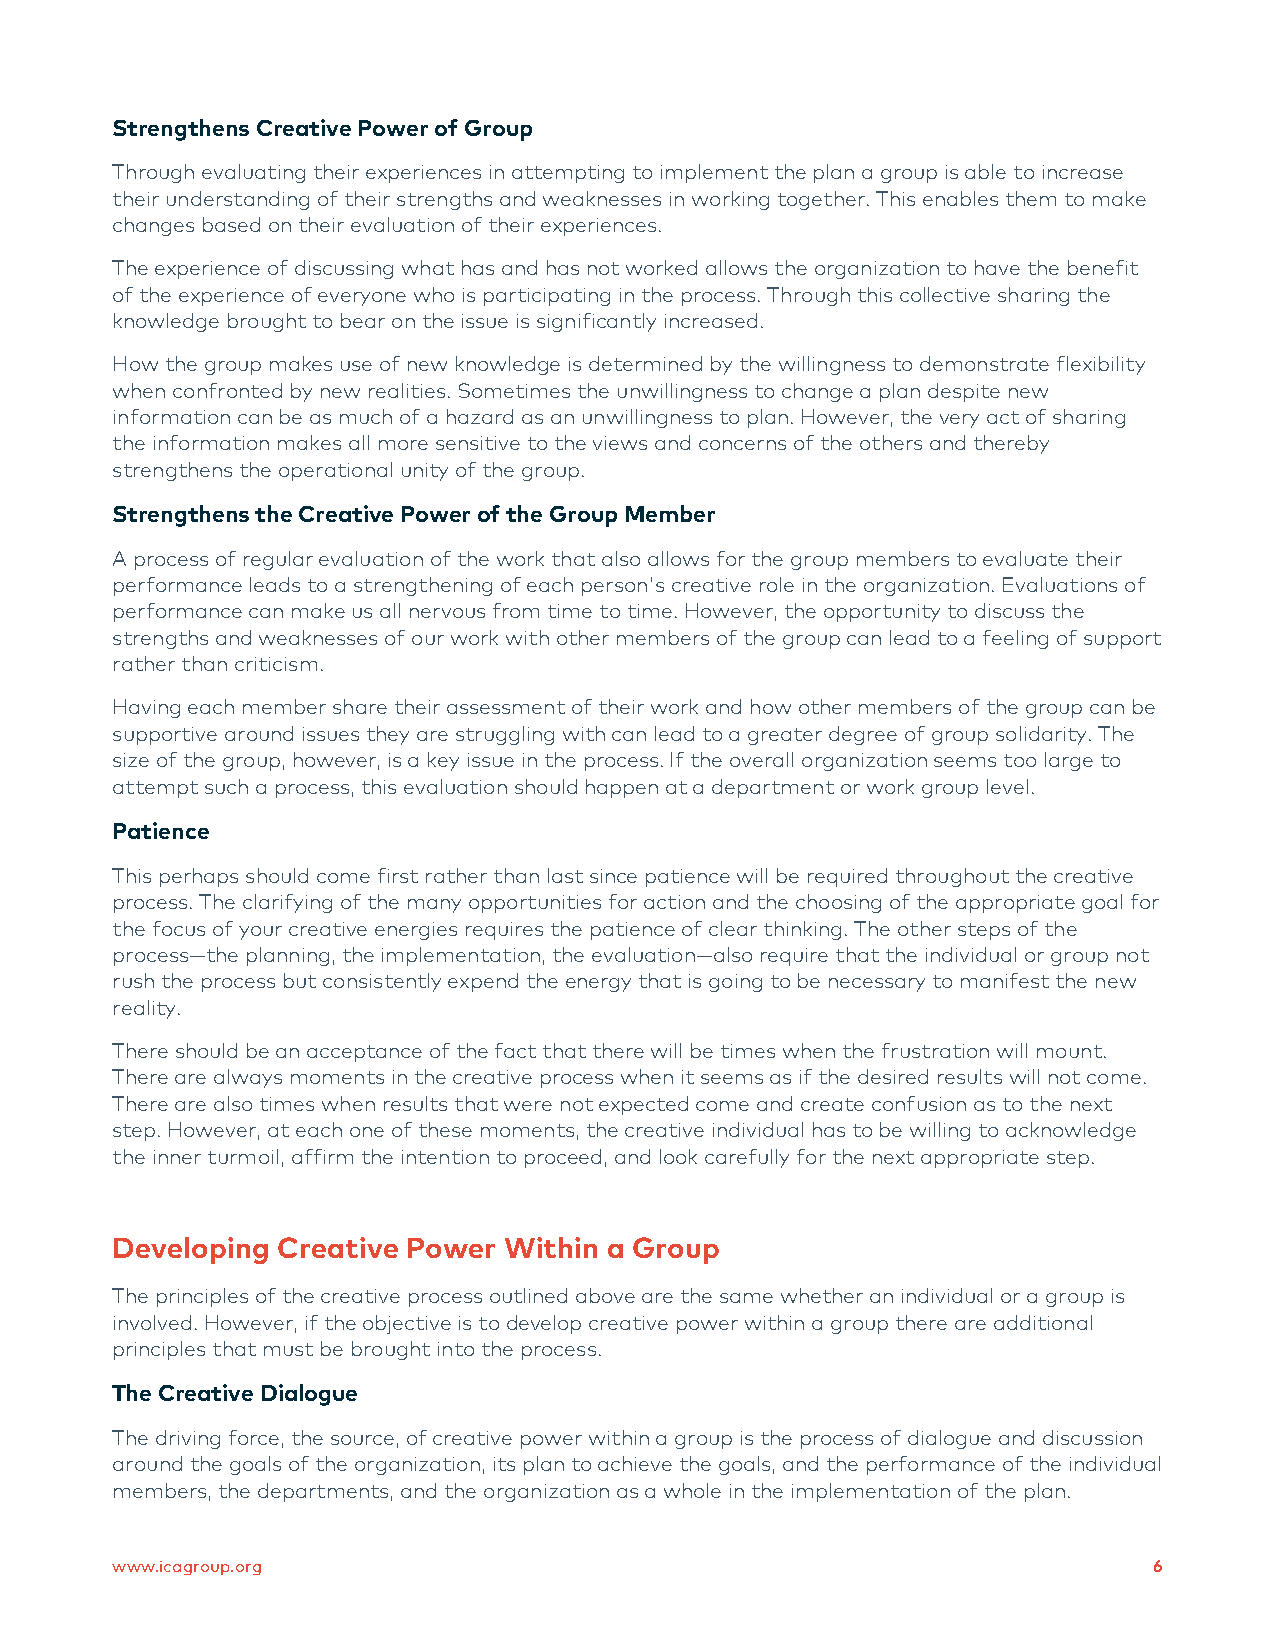
Strengthens Creative Power of Group
 Through evaluating their experiences in attempting to implement the plan a group is able to increase
 their understanding of their strengths and weaknesses in working together. This enables them to make
 changes based on their evaluation of their experiences.
 The experience of discussing what has and has not worked allows the organization to have the benefit
 of the experience of everyone who is participating in the process. Through this collective sharing the
 knowledge brought to bear on the issue is significantly increased.
 How the group makes use of new knowledge is determined by the willingness to demonstrate flexibility
 when confronted by new realities. Sometimes the unwillingness to change a plan despite new
 information can be as much of a hazard as an unwillingness to plan. However, the very act of sharing
 the information makes all more sensitive to the views and concerns of the others and thereby
 strengthens the operational unity of the group.
 Strengthens the Creative Power of the Group Member
 A process of regular evaluation of the work that also allows for the group members to evaluate their
 performance leads to a strengthening of each person's creative role in the organization. Evaluations of
 performance can make us all nervous from time to time. However, the opportunity to discuss the
 strengths and weaknesses of our work with other members of the group can lead to a feeling of support
 rather than criticism.
 Having each member share their assessment of their work and how other members of the group can be
 supportive around issues they are struggling with can lead to a greater degree of group solidarity. The
 size of the group, however, is a key issue in the process. If the overall organization seems too large to
 attempt such a process, this evaluation should happen at a department or work group level.
 Patience
 This perhaps should come first rather than last since patience will be required throughout the creative
 process. The clarifying of the many opportunities for action and the choosing of the appropriate goal for
 the focus of your creative energies requires the patience of clear thinking. The other steps of the
 process—the planning, the implementation, the evaluation—also require that the individual or group not
 rush the process but consistently expend the energy that is going to be necessary to manifest the new
 reality.
 There should be an acceptance of the fact that there will be times when the frustration will mount.
 There are always moments in the creative process when it seems as if the desired results will not come.
 There are also times when results that were not expected come and create confusion as to the next
 step. However, at each one of these moments, the creative individual has to be willing to acknowledge
 the inner turmoil, affirm the intention to proceed, and look carefully for the next appropriate step.
 Developing Creative Power Within a Group
 The principles of the creative process outlined above are the same whether an individual or a group is
 involved. However, if the objective is to develop creative power within a group there are additional
 principles that must be brought into the process.
 The Creative Dialogue
 The driving force, the source, of creative power within a group is the process of dialogue and discussion
 around the goals of the organization, its plan to achieve the goals, and the performance of the individual
 members, the departments, and the organization as a whole in the implementation of the plan.
 www.icagroup.org                                                     6